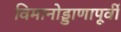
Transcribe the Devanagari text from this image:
विमानोड्डाणापूर्वी